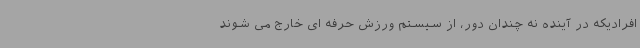
افرادیکه در آینده نه چندان دور، از سیستم ورزش حرفه ای خارج می شوند